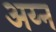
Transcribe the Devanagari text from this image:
अय्न